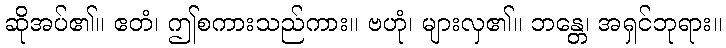
ဆိုအပ်၏။ ဧတံ၊ ဤစကားသည်ကား။ ဗဟုံ၊ များလှ၏။ ဘန္တေ၊ အရှင်ဘုရား။